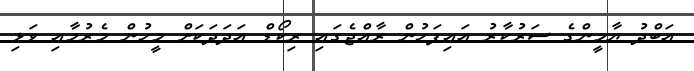
އަބްދު ޔާމީންގެ ސަރުކާރު އައިފަހުން ރާއްޖެގައި ރިކޯޑް އަދަދަކަށް މީހުން މެރުމާއި ވަޅި